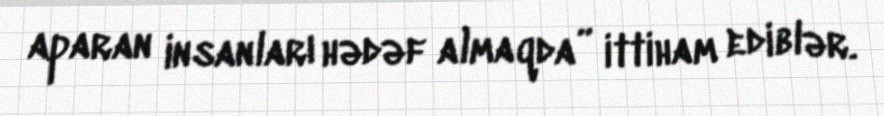
aparan insanları hədəf almaqda” ittiham ediblər.